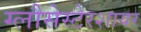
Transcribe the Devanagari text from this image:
ग्लौसेस्टेरशायर